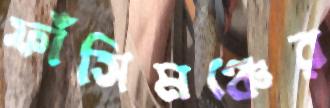
ফাঁসিমঞ্চের